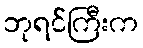
ဘုရင်ကြီးက